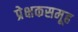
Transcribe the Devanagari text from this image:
प्रेक्षकसमूह